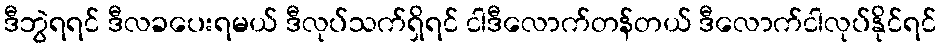
ဒီဘွဲရရင် ဒီလခပေးရမယ် ဒီလုပ်သက်ရှိရင် ငါဒီလောက်တန်တယ် ဒီလောက်ငါလုပ်နိုင်ရင်